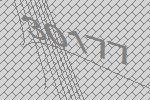
30177